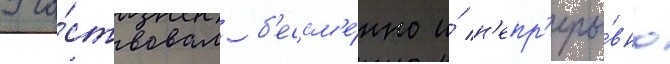
Уча́ствовал б'ессм'е́нно и́ н'епр'еры́вно